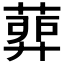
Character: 𦹉